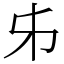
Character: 𠂔